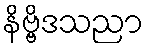
နိဗ္ဗိဒသညာ